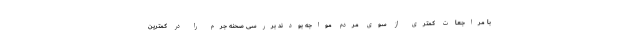
با مراجعات کمتری از سوی مردم مواجه بودند بررسی صحنه جرم را در کمترین